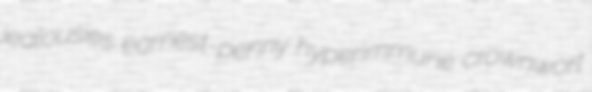
jealousies earnest-penny hyperimmune crownwort